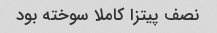
نصف پیتزا کاملا سوخته بود